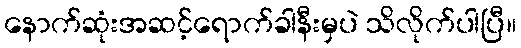
နောက်ဆုံးအဆင့်ရောက်ခါနီးမှပဲ သိလိုက်ပါပြီ။